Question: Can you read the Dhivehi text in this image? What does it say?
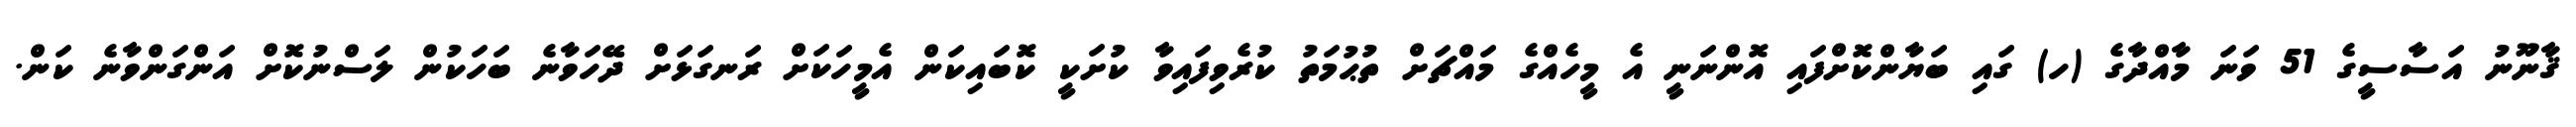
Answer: ޤާނޫނު އަސާސީގެ 51 ވަނަ މާއްދާގެ (ހ) ގައި ބަޔާންކޮށްފައި އޮންނަނީ އެ މީހެއްގެ މައްޗަށް ތުޙުމަތު ކުރެވިފައިވާ ކުށަކީ ކޮބައިކަން އެމީހަކަށް ރަނގަޅަށް ދޭހަވާނެ ބަހަކުން ލަސްނުކޮށް އަންގަންވާނެ ކަން.